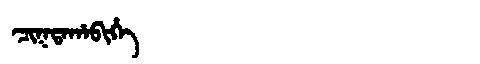
Manchu: ᠴᡳᡴᡨᠠᡥᠠᠪᡳᡥᡝ
Romanization: CIKTAHABIHE